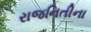
રાજનિતીના